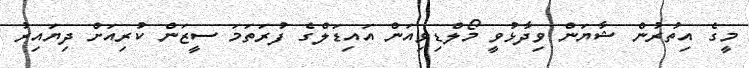
މީގެ އިތުރުން ޝާޔަން ވިދާޅުވީ މޯލްޑިވިއަން އައިޑަލްގެ ފުރަތަމަ ސީޒަން ކުރިއަށް ދިޔައިރު